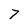
Character: 7